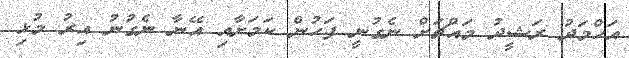
އަހްމަދު ރަޝީދު މައްޗަށް ނެގުނީ ފަހުން ކަމަށާއި އޭނާ ނެގުނު އިރު މުޅި